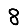
Digit: 8